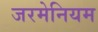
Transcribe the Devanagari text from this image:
जरमेनियम